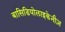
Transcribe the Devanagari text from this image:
बासिडियोलाइकेनीज़